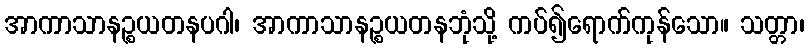
အာကာသာနဉ္စယတနပဂါ၊ အာကာသာနဉ္စယတနဘုံသို့ ကပ်၍ရောက်ကုန်သော။ သတ္တာ၊